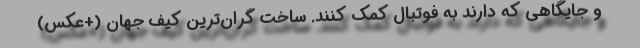
و جایگاهی که دارند به فوتبال کمک کنند. ساخت گران‌ترین کیف جهان (+عکس)